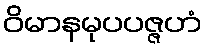
ဝိမာနမုပပဇ္ဇဟံ